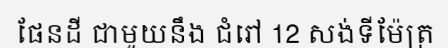
ផែនដី ជាមួយនឹង ជំរៅ 12 សង់ទីម៉ែត្រ